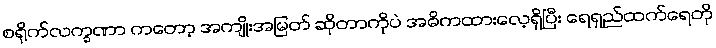
စရိုက်လက္ခဏာ ကတော့ အကျိုးအမြတ် ဆိုတာကိုပဲ အဓိကထားလေ့ရှိပြီး ရေရှည်ထက်ရေတို